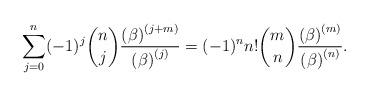
LaTeX: \begin{align*}\sum_{j=0}^{n}(-1)^{j}\binom{n}{j}\frac{\left( \beta \right) ^{\left(j+m\right) }}{\left( \beta \right) ^{\left( j\right) }}=(-1)^{n}n!\binom{m}{n}\frac{\left( \beta \right) ^{\left( m\right) }}{\left( \beta \right)^{\left( n\right) }}. \end{align*}